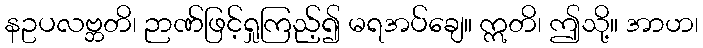
နဥပလဗ္ဘတိ၊ ဉာဏ်ဖြင့်ရှုကြည့်၍ မရအပ်ချေ။ ဣတိ၊ ဤသို့။ အာဟ၊